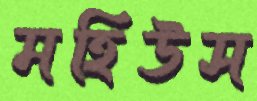
মহিউস